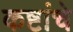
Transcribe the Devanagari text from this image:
कष्टांचे